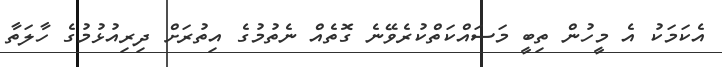
އެކަމަކު އެ މީހުން ތިބީ މަސައްކަތްކުރެވޭނެ ގޮތެއް ނެތުމުގެ އިތުރަށް ދިރިއުޅުމުގެ ހާލަތާ